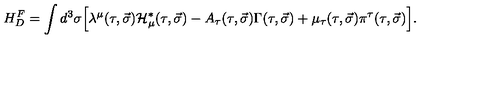
H _ { D } ^ { F } = \int { d ^ { 3 } \sigma \Big [ \lambda ^ { \mu } ( \tau , \vec { \sigma } ) { \cal H } _ { \mu } ^ { \ast } ( \tau , \vec { \sigma } ) - A _ { \tau } ( \tau , \vec { \sigma } ) \Gamma ( \tau , \vec { \sigma } ) + \mu _ { \tau } ( \tau , \vec { \sigma } ) \pi ^ { \tau } ( \tau , \vec { \sigma } ) \Big ] } .